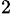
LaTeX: _\mathrm{2}